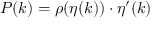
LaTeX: P ( k ) = \rho ( \eta ( k ) ) \cdot \eta ^ { \prime } ( k )